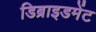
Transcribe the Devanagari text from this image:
डिब्राइडमेंट